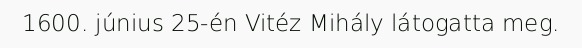
1600. június 25-én Vitéz Mihály látogatta meg.